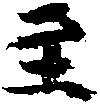
至